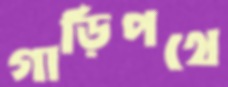
গাড়িপথে